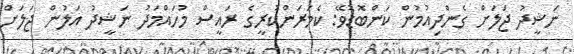
ނަޝީދު ޖަލަށް ގެންދިއުމުން ކަންބޮޑުވޭ: ކެމަރަންކުރީގެ ރައީސް މުހައްމަދު ނަޝީދު އަލުން ޖަލަށް